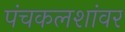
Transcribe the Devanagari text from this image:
पंचकलशांवर